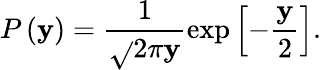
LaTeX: P\left(\mathbf{y}\right)=\frac{{1}}{{\sqrt{}{{2\pi\mathbf{y}}}}}\exp\left[-\frac{{\mathbf{y}}}{{2}}\right].